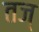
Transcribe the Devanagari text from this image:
तज्